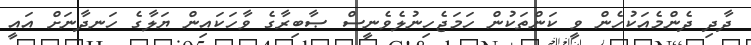
ދާދި ދެންމެއަކުހެން ވީ ކަންތަކުން ހަމަޖެހިނުލެވެނީސް ޞާބިރާގެ ވާހަކައިން ޔަލާގެ ހަނދާނަށް އައީ